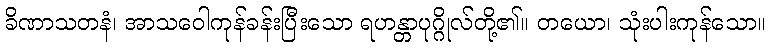
ခိဏာသတနံ၊ အာသဝေါကုန်ခန်းပြီးသော ရဟန္တာပုဂ္ဂိုလ်တို့၏။ တယော၊ သုံးပါးကုန်သော။